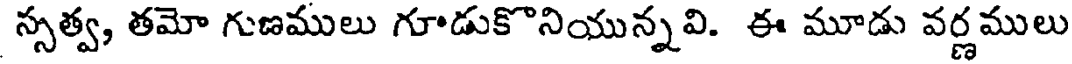
స్సత్వ, తమో గుణములు గూడుకొనియున్నవి. ఈ మూడు వర్ణములు